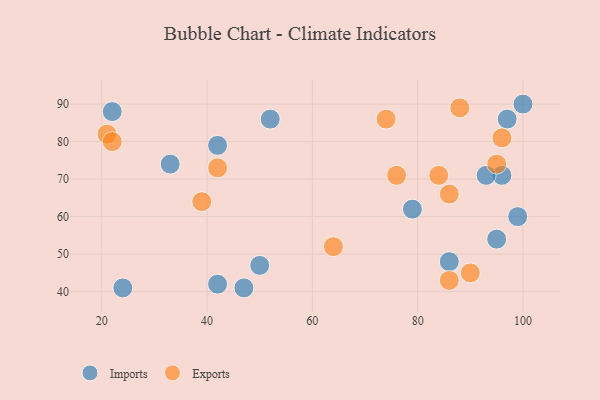
{"axis": {"x": "GDP", "y": "Life Expectancy"}, "legend": ["Exports", "Imports"], "data": [{"x": "33", "y": 74, "type": "Imports"}, {"x": "100", "y": 90, "type": "Imports"}, {"x": "47", "y": 41, "type": "Imports"}, {"x": "95", "y": 54, "type": "Imports"}, {"x": "97", "y": 86, "type": "Imports"}, {"x": "42", "y": 79, "type": "Imports"}, {"x": "24", "y": 41, "type": "Imports"}, {"x": "50", "y": 47, "type": "Imports"}, {"x": "79", "y": 62, "type": "Imports"}, {"x": "22", "y": 88, "type": "Imports"}, {"x": "86", "y": 48, "type": "Imports"}, {"x": "96", "y": 71, "type": "Imports"}, {"x": "42", "y": 42, "type": "Imports"}, {"x": "93", "y": 71, "type": "Imports"}, {"x": "52", "y": 86, "type": "Imports"}, {"x": "99", "y": 60, "type": "Imports"}, {"x": "21", "y": 82, "type": "Exports"}, {"x": "95", "y": 74, "type": "Exports"}, {"x": "76", "y": 71, "type": "Exports"}, {"x": "39", "y": 64, "type": "Exports"}, {"x": "74", "y": 86, "type": "Exports"}, {"x": "64", "y": 52, "type": "Exports"}, {"x": "86", "y": 66, "type": "Exports"}, {"x": "96", "y": 81, "type": "Exports"}, {"x": "84", "y": 71, "type": "Exports"}, {"x": "42", "y": 73, "type": "Exports"}, {"x": "86", "y": 43, "type": "Exports"}, {"x": "88", "y": 89, "type": "Exports"}, {"x": "90", "y": 45, "type": "Exports"}, {"x": "22", "y": 80, "type": "Exports"}]}